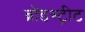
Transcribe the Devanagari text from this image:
ब्रॉडस्ट्रीट